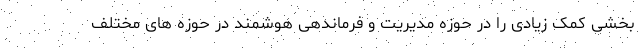
بخشی کمک زیادی را در حوزه مدیریت و فرماندهی هوشمند در حوزه های مختلف